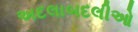
અદલાબદલીઓ